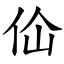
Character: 佡